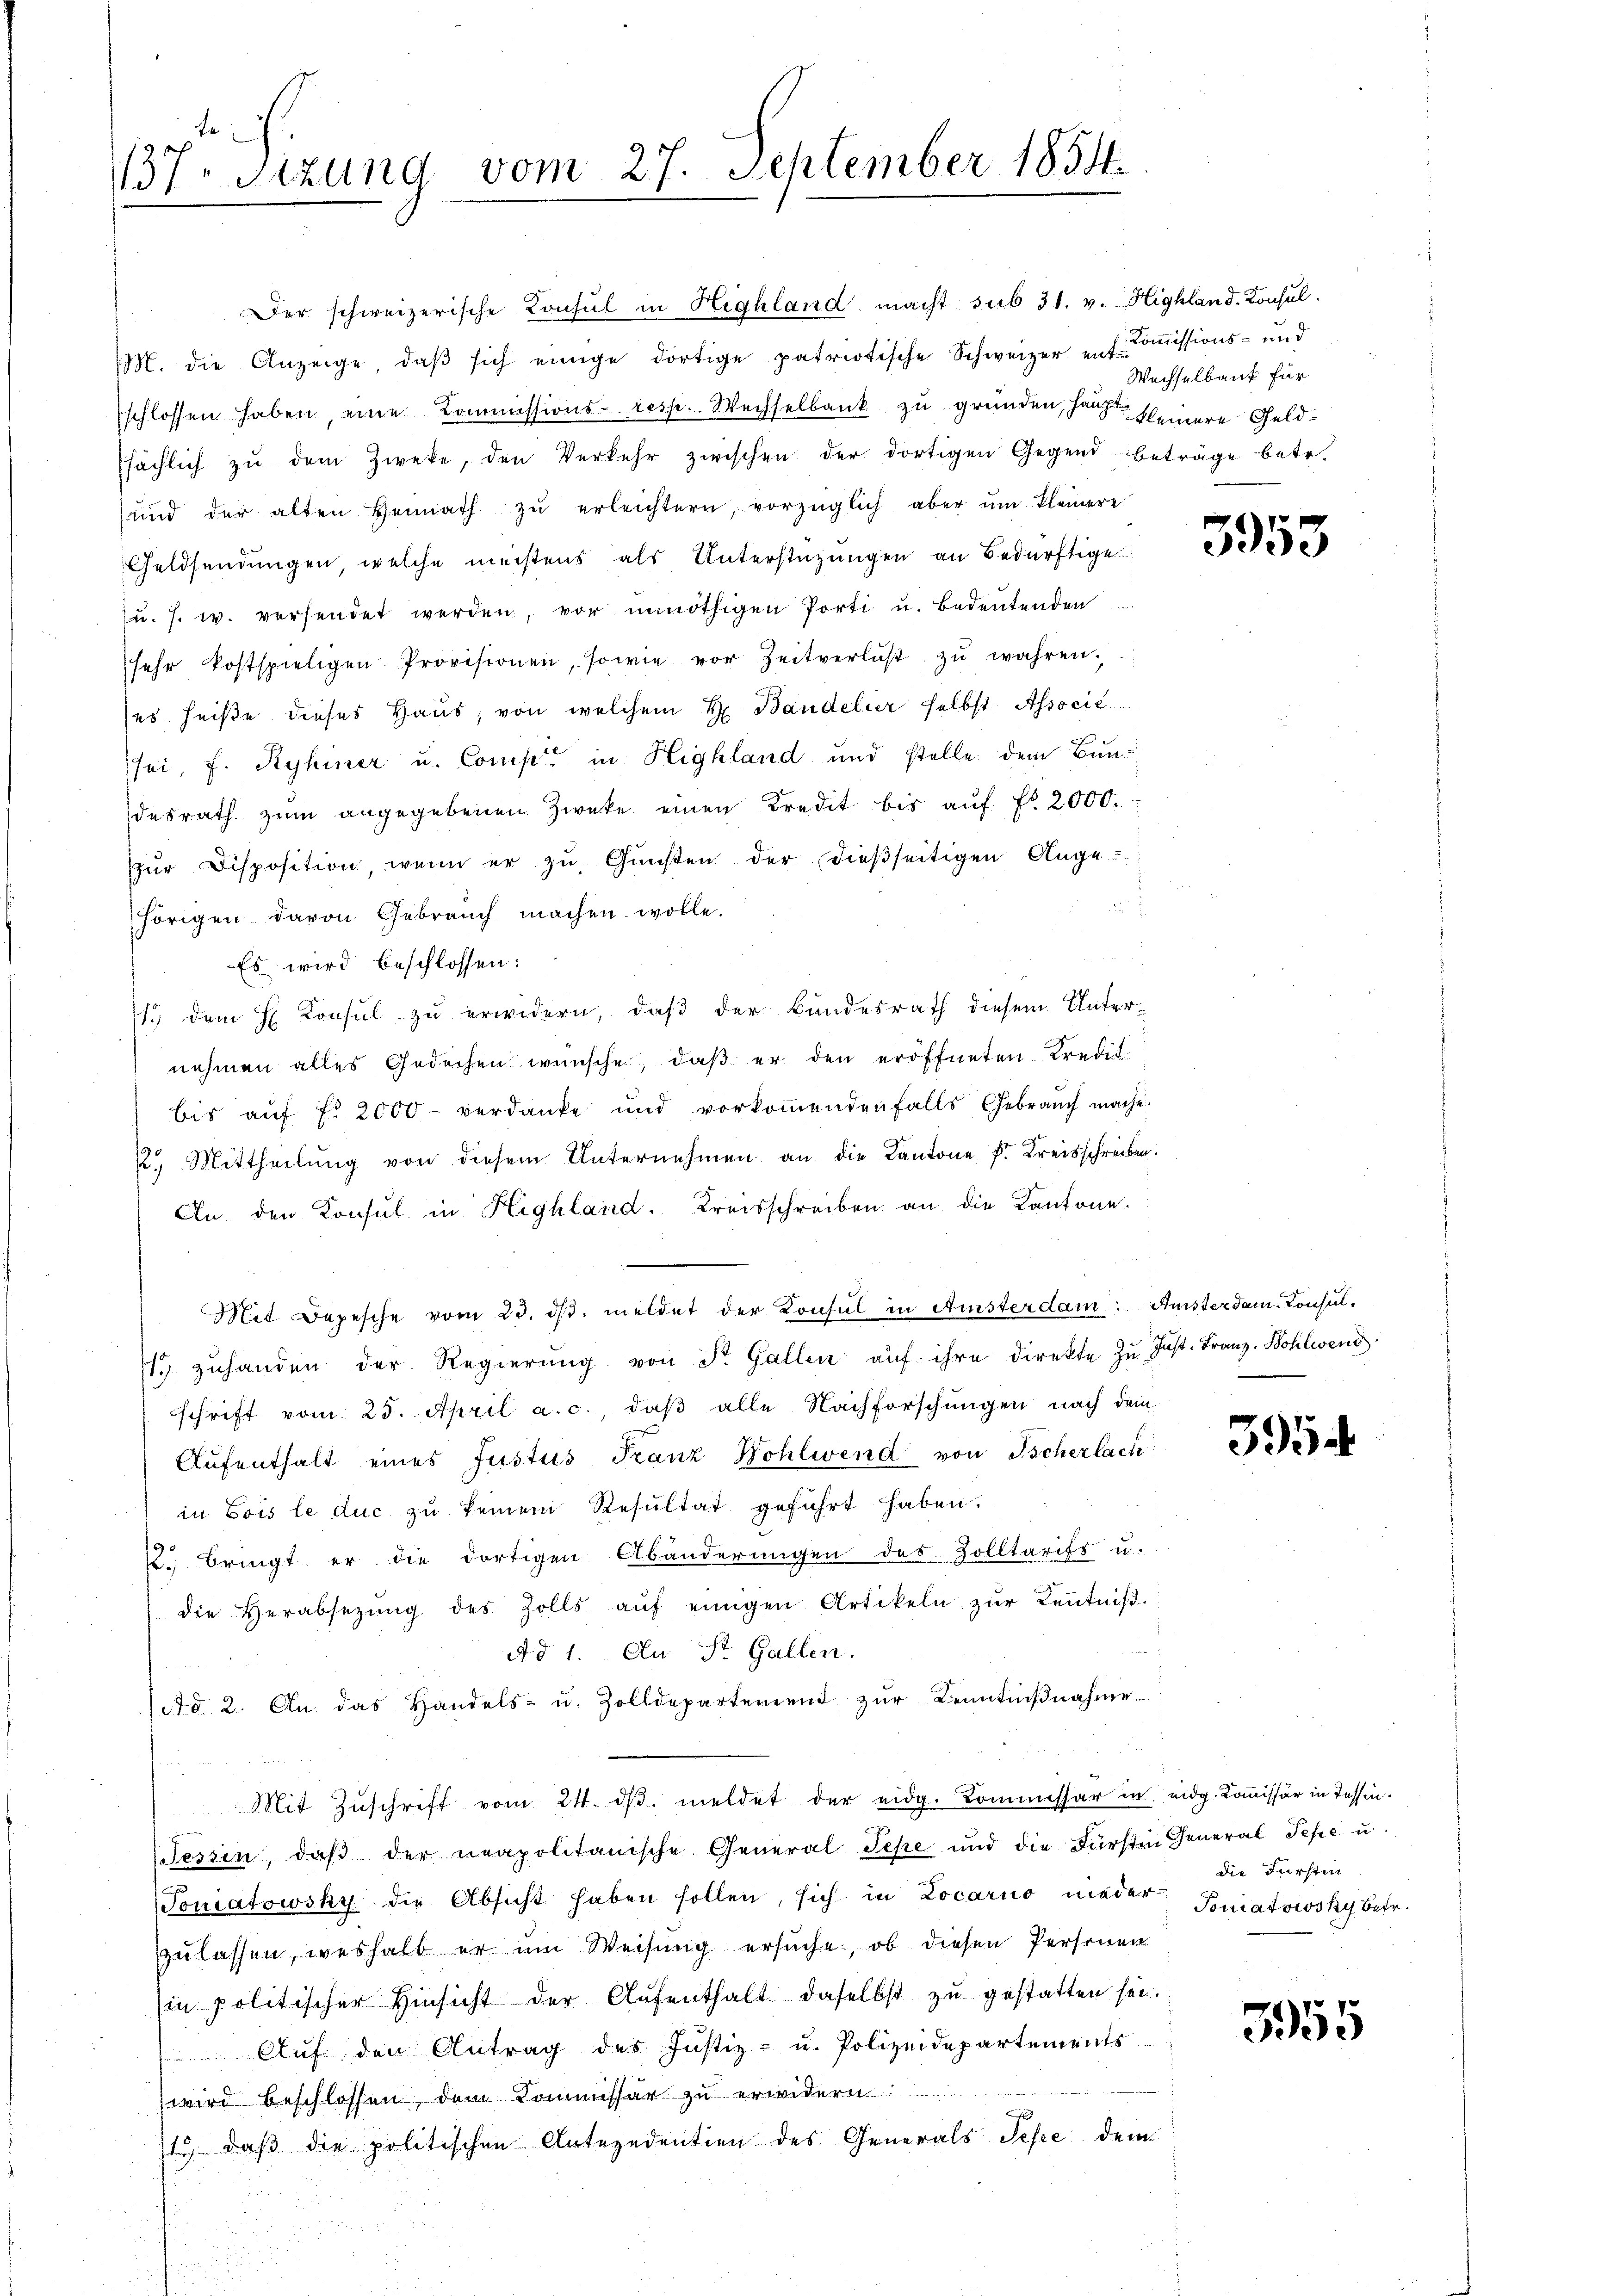
te
137. Sitzung vom 27. September 1854.

Der schweizerische Konsul in Highland macht sub 31. v. Highland. Konsul
M. die Anzeige, daβ sich einige dortige patriotische Schweizer ent-Commissions- und
schlossen haben, eine Kommissions- resp. Wechselbank zu gründen, hatte kleinere Geldssächlich zŭ dem Zweke, den Verkehr zwischen der dortigen Gegend beträge betr.
und der alten Heimath zŭ erleichtern, vorzüglich aber ŭm kleinere
Geldsendungen, welche meistens als Unterstüzungen an Bedürftige
u. s. w. versendet werden, vor unnöthigen Porti u. bedeutenden
sehr kostspieligen Provisionen, sowie vor Zeitverlust zŭ wahren.
ses heiße dieses Haus, von welchem Bandelir selbst. Associe
sei, f. Ryhiner u. Comp. in Highland und stelle dem Bundesrath zum angegebenen Zwecke einen Kredit bis aŭf No 2000.
ŭr Disposition, wenn er zŭ Gŭnsten der dießseitigen Ange-
hörigen davon Gebrauch machen wolle.
Es wird beschlossen:
/. dem H. Konsul zu erwidern, daß der Bundesrath diesem Unternehmen alles Gedachen wünsche, daß er den eröffneten Kredit
bis aŭf fr 2000 verdanke und vorkoṁenden falls Gebrauch mache.
2. Mittheilŭng von diesem Unternehmen an die Kantone f. Kreisschreiben.
An den Konsul in Highland. Kreisschreiben an die Kantone.
Mit Depesche vom 23. ds. meldet der Konsul in Amsterdam: Ansterdam. Konsul¬
1 zŭhanden der Regierŭng von St. Gallen aŭf ihre direkte zŭ Jast. Franz Bohlwend
schrift vom 25. April a. c., daß alle Nachforschungen nach dem
Aufenthalt eines Justus Franz Wohlwend von Tscherlach
in bois le duc zŭ keinem Resultat geführt haben.
. bringt er die dortigen Abänderungen des Zolltarifs u.
die Herabsetzŭng des Zolls aŭf einigen Artikeln zŭr Kenntniβ.
Ad 1. An St. Gallen.
d. 2. An das Handels- u. Zolldepartement zŭr Kenntniβnahme
Mit Zŭschrift vom 24. dβ. meldet der eidg. Kommissär in eidg. Kommissär in Tessin.
sessin, daβ der neapolitanische General Sepe und die Fürsten General Pepe u.
Toniatowsky die Absicht haben sollen, sich in Locarno nieder Toniatowsky betr.
zulassen, weshalb er um Weisung ersuche, ob diesen Personen
sin politischer Hinsicht der Aŭfenthalt daselbst zŭ gestatten sei.
Auf den Antrag des Justiz- u. Polizeidepartements
wird beschlossen, dem Kommissär zu erwidern
13) daß die politischen Antezudention des Generals Septe dem

Wechselbank für

3953

3954

die Fürstin

3955